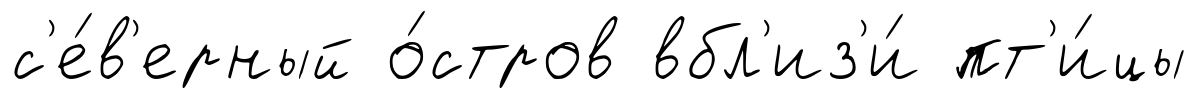
с'е́в'ерный о́стров вбл'из'и́ пт'и́цы